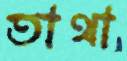
তাথা